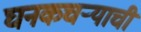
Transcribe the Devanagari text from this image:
घनकचर्‍याची